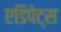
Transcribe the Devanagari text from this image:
एडिपेट्स